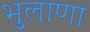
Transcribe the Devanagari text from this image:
भुलाणा